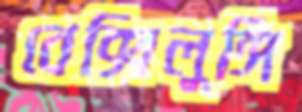
বেক্সিলুঙ্গি